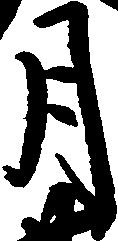
月